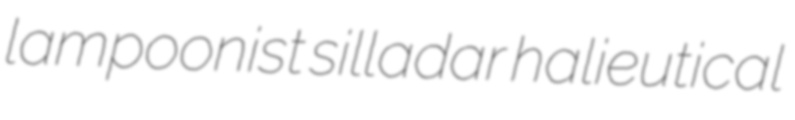
lampoonist silladar halieutical